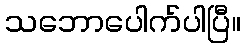
သဘောပေါက်ပါပြီ။